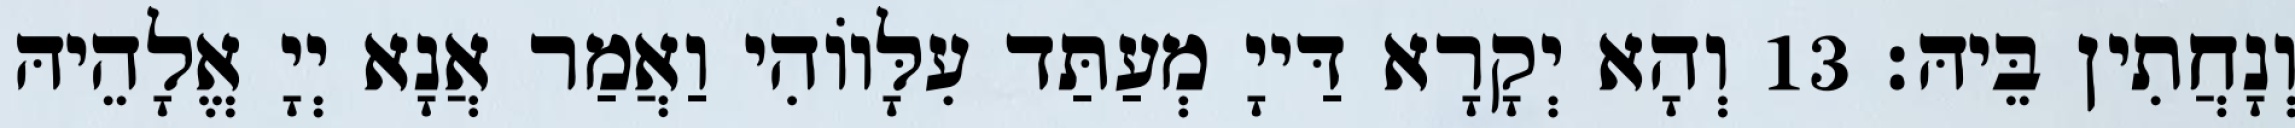
וְנָחֲתִין בֵּיהּ׃ 13 וְהָא יְקָרָא דַּייָ מְעַתַּד עִלָּווֹהִי וַאֲמַר אֲנָא יְיָ אֱלָהֵיהּ